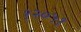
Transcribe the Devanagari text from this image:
१२०५१